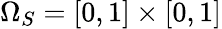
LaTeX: \Omega_{S}=[0,1]\times[0,1]